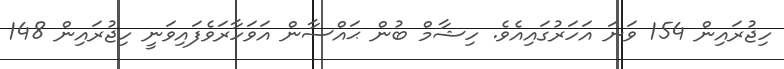
ހިޖުރައިން 154 ވަނަ އަހަރުގައިއެވެ. ހިޝާމް ބުން ޙައްސާން އަވަހާރަވެފައިވަނީ ހިޖުރައިން 148